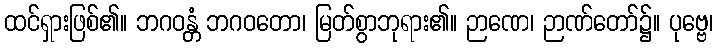
ထင်ရှားဖြစ်၏။ ဘဂဝန္တံ ဘဂဝတော၊ မြတ်စွာဘုရား၏။ ဉာဏေ၊ ဉာဏ်တော်၌။ ပုဗ္ဗေ၊